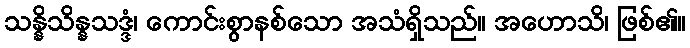
သန္နိသိန္နသဒ္ဒံ၊ ကောင်းစွာနစ်သော အသံရှိသည်။ အဟောသိ၊ ဖြစ်၏။